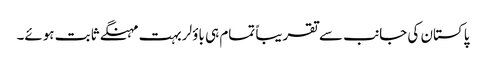
پاکستان کی جانب سے تقریباً تمام ہی باؤلر بہت مہنگے ثابت ہوئے۔